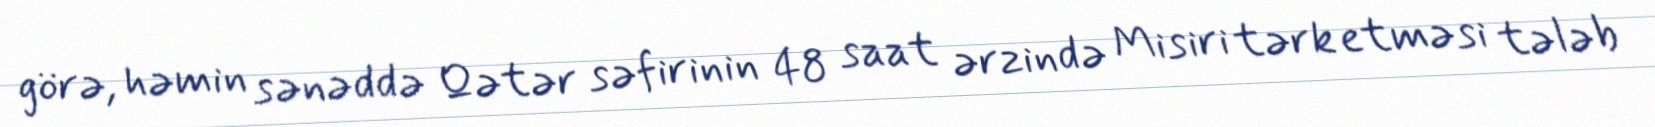
görə, həmin sənəddə Qətər səfirinin 48 saat ərzində Misiri tərk etməsi tələb